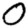
Digit: 0